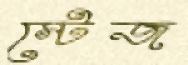
স্টেজ